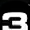
Digit: 3